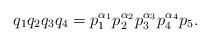
\begin{align*}q_1q_2q_3q_4 = p_1^{\alpha_1}p_2^{\alpha_2}p_3^{\alpha_3}p_4^{\alpha_4}p_5.\end{align*}